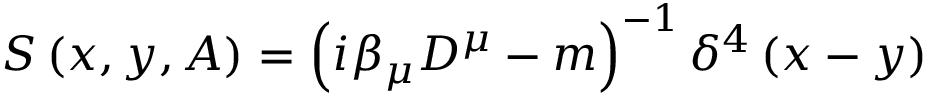
S \left( x , y , A \right) = \left( i \beta _ { \mu } D ^ { \mu } - m \right) ^ { - 1 } \delta ^ { 4 } \left( x - y \right)